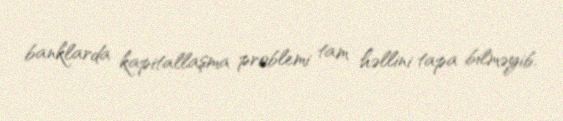
banklarda kapitallaşma problemi tam həllini tapa bilməyib.